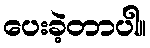
ပေးခဲ့တာပါ။